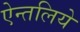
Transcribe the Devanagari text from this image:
ऐन्तलिये